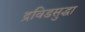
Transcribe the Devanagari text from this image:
द्रविडसुद्धा